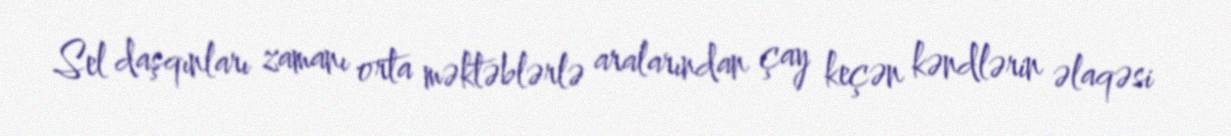
Sel daşqınları zamanı orta məktəblərlə aralarından çay keçən kəndlərin əlaqəsi